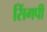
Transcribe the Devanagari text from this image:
सिंगपी